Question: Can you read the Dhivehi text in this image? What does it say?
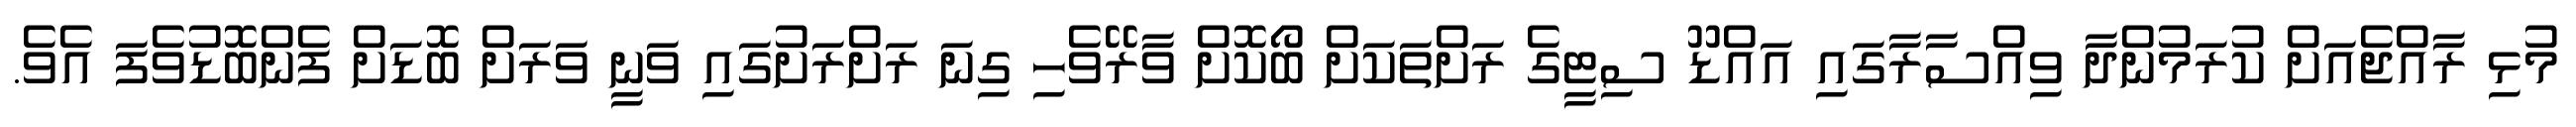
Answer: މުޅި ރާއްޖެއަށް ކުރަމުންދާ ވިއްސާރާގައި އައްޑޫ ސިޓީގެ ރަށްތަކަށް ބޯކޮށް ވާރޭވެހި ގިނަ ރަށްރަށުގައި ވަނީ ވަރަށް ބޮޑަށް ފެންބޮޑުވެފަ އެވެ.